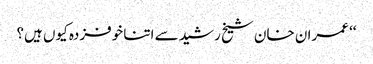
‘‘ عمران خان شیخ رشید سے اتنا خوفزدہ کیوں ہیں؟